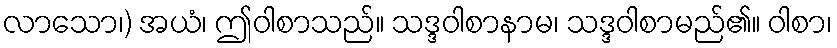
လာသော၊) အယံ၊ ဤဝါစာသည်။ သဒ္ဒဝါစာနာမ၊ သဒ္ဒဝါစာမည်၏။ ဝါစာ၊